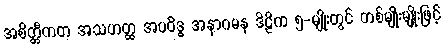
အစိတ္တီကတ အသဟတ္ထ အပဝိဒ္ဓ အနာဂမန ဒိဠိက ၅-မျိုးတွင် တစ်မျိုးမျိုးဖြင့်